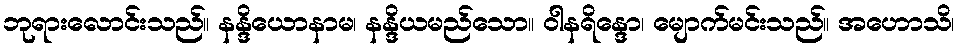
ဘုရားလောင်းသည်။ နန္ဒိယောနာမ၊ နန္ဒိယမည်သော။ ဝါနရိန္ဒော၊ မျောက်မင်းသည်။ အဟောသိ၊